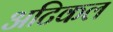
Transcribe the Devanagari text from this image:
अटिकल